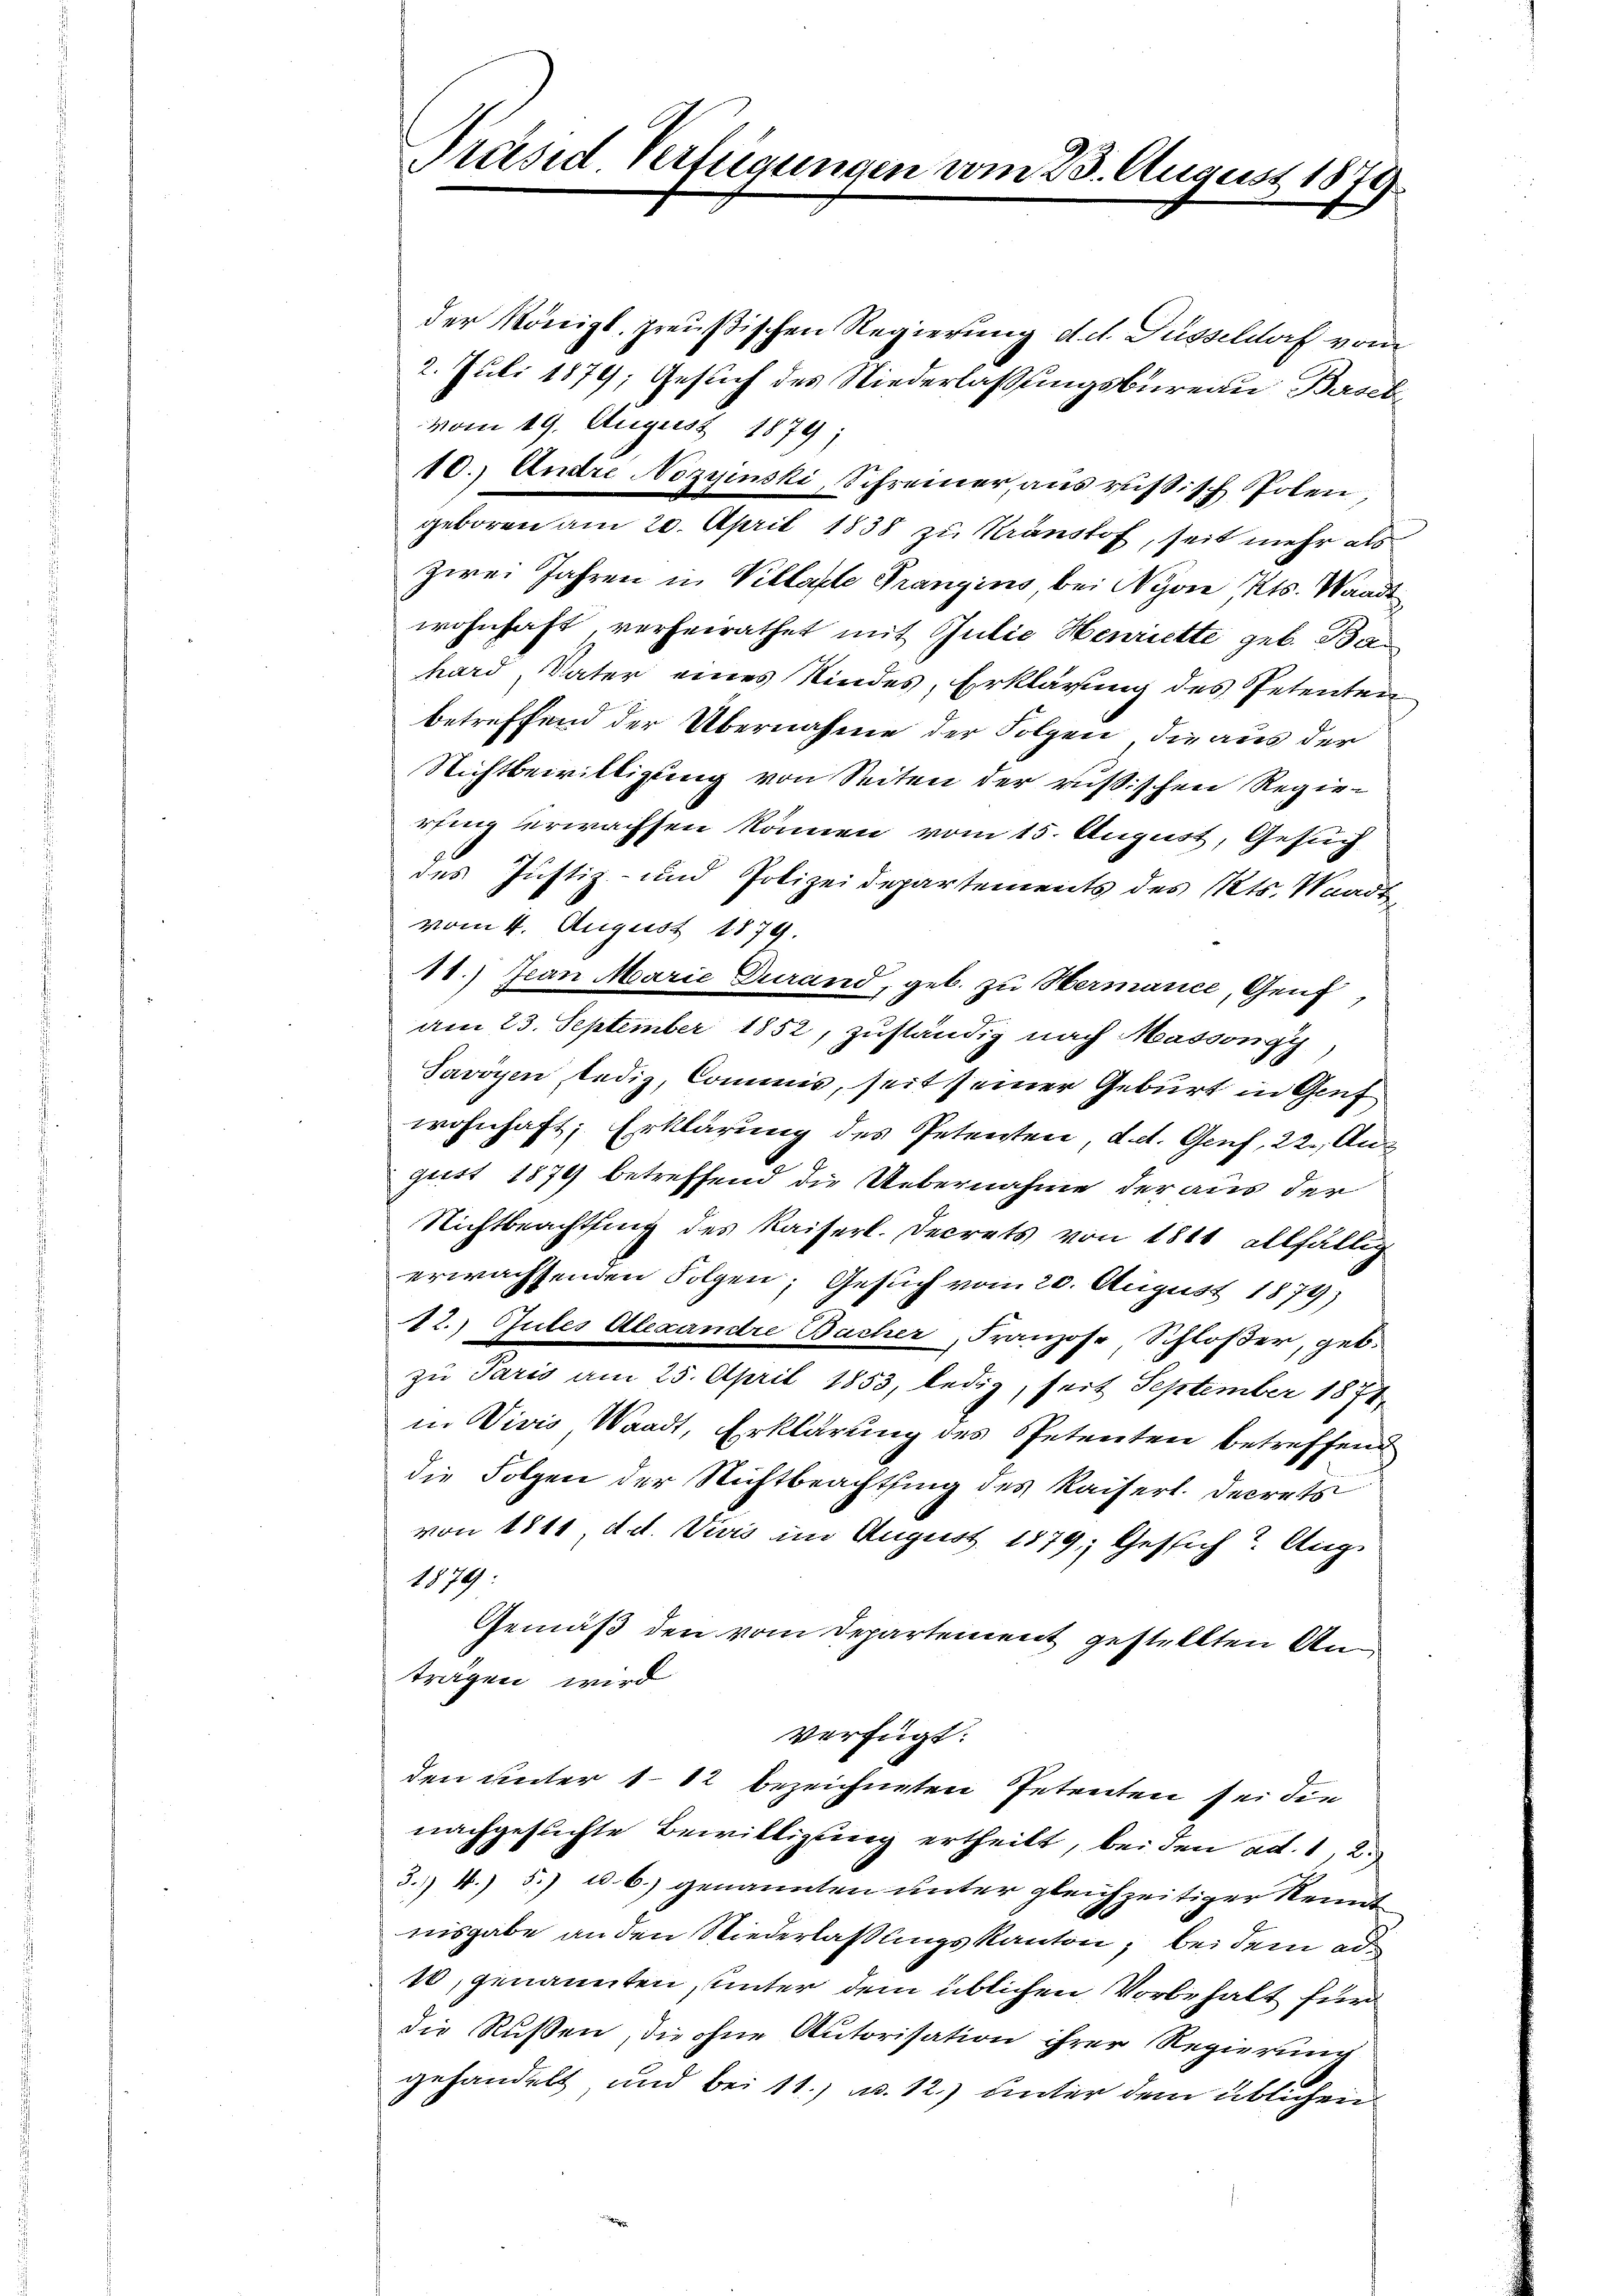
Präsid. Verfügungen vom 23. August 1873.

der Königl. preußischen Regierung d. d. Füsseldorf vom
2. Juli 1879; Gesuch des Niederlassungsbureau Basel
vom 19. August 1879;
10.) Andre Nozyinski, Schreiner, aus russisch Polen
geboren am 20. April 1838 zu Kränstof, seit mehr als
zwei Jahren in Villaste Prangins, bei Nyon, Kts. Waadt
wohnhaft, verheirathet mit Julie Henriette geb. Bahard, Vater eines Kindes, Erklärung des Petenten
betreffend der Übernahme der Folgen, die aus der
Nichtbewilligung von Seiten der russischen Regierfing erwachsen können vom 15. August, Gesuch
des Justiz- und Polizeidepartements des Kts. Waadt
vom 4. August 1879.
11.) Jean Marie Durand, geb. zu Hermanice, Genf,
am 23. September 1852, zuständig nach Massongy
Savoyen, ledig, Commis, seit seiner Geburt in Genf
wohnhaft, Erklärung des Petenten, d. d. Genf, 22. Angust 1879 betreffend die Uebernahme der aus der
Nichtbeachtung des Kaiserl. Decrets von 1811 allfällig
erwachsenden Folgen; Gesuch vom 20. August 1879)
12.) Gutes Alexandre Bacher, Franzose, Schloßer, geb.
zu Paris am 25. April 1853, ledig, seit September 1874.
in Vivis, Waadt, Erklärung des Petenten betreffend
die Folgen der Nichtbeachtung des Kaiserl. Decrets
von 1811 d. d. Viers im August 1879; Gesich? Aug
1879:
Gemäß den vom Departement gestellten Anträgen wird
verfügt:
den unter 182 bezeichneten Petenten sei die
nachgesuchte Bewilligung ertheilt, bei den ad. 1, 2.
3. 4. 5.) u. b.) genannten unter gleichzeitiger Kennt
nisgabe an den Niederlassungs kanton, bei dem ad
10, genannten, unter dem üblichen Vorbehalt für
die Rußen, die ohne Autorisation ihrer Regierung
gehandelt und bei 11.) a. 12) unter dem üblichen